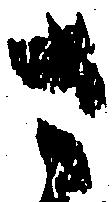
さ